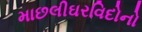
માછલીઘરવિદોનો